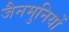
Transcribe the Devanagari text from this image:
जैनमुनियों